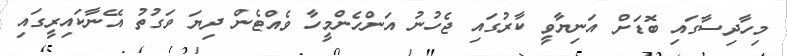
މިހާދިސާގައި ބޮޑަށް އަނިޔާވީ ކާރުގައި ޖެހުނު އަންހެންމީހާ ވެއްޓެން ދިޔަ ވަގުތު އޭނާކައިރީގައި